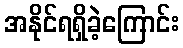
အနိုင်ရရှိခဲ့ကြောင်း